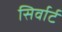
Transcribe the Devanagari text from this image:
सिर्वार्ट